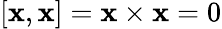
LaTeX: [\mathbf{x},\mathbf{x}]=\mathbf{x}\times\mathbf{x}=0